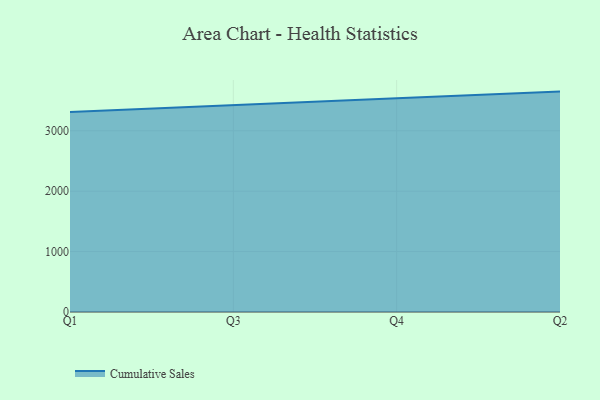
{"axis": {"x": "Quarter", "y": "Demand Index"}, "legend": ["Cumulative Sales"], "data": [{"x": "Q1", "y": 3312.2, "type": "Cumulative Sales"}, {"x": "Q3", "y": 3428.6, "type": "Cumulative Sales"}, {"x": "Q4", "y": 3540.2, "type": "Cumulative Sales"}, {"x": "Q2", "y": 3648.7, "type": "Cumulative Sales"}]}